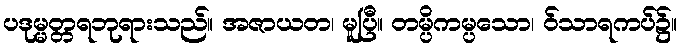
ပဒုမ္မတ္တရဘုရားသည်။ အဇာယတ၊ မူပြီ။ တမ္ပိကမ္ပသော၊ ဝ်သာရကပ်၌။